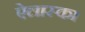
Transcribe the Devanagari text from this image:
ऐलास्का